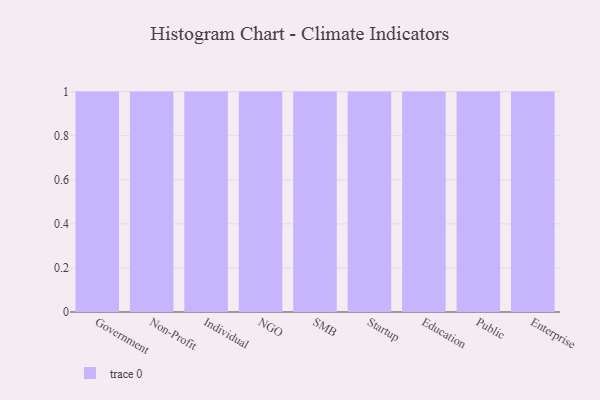
{"axis": {"x": "Segment", "y": "Satisfaction Score"}, "legend": [""], "data": [{"x": "Government", "y": 38, "type": ""}, {"x": "Non-Profit", "y": 91, "type": ""}, {"x": "Individual", "y": 57, "type": ""}, {"x": "NGO", "y": 4, "type": ""}, {"x": "SMB", "y": 15, "type": ""}, {"x": "Startup", "y": 12, "type": ""}, {"x": "Education", "y": 92, "type": ""}, {"x": "Public", "y": 79, "type": ""}, {"x": "Enterprise", "y": 94, "type": ""}]}